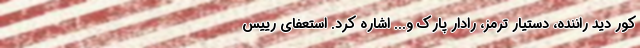
کور دید راننده، دستیار ترمز، رادار پارک و... اشاره کرد. استعفای رییس